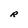
Character: R